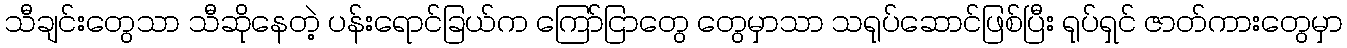
သီချင်းတွေသာ သီဆိုနေတဲ့ ပန်းရောင်ခြယ်က ကြော်ငြာတွေ တွေမှာသာ သရုပ်ဆောင်ဖြစ်ပြီး ရုပ်ရှင် ဇာတ်ကားတွေမှာ